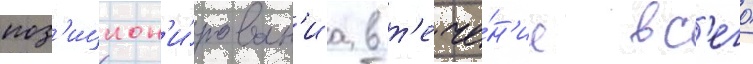
поз'ицион'и́рован'иа в т'ече́н'ие вс'его́